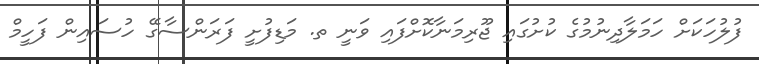
ފުލުހަކަށް ހަމަލާދިނުމުގެ ކުށުގައި ޖޫރިމަނާކޮށްފައި ވަނީ ތ. މަޑިފުށީ ފަރަންސާގޭ ހުސައިން ފަހީމް